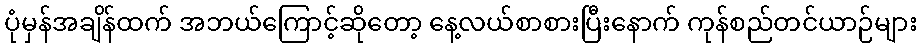
ပုံမှန်အချိန်ထက် အဘယ်ကြောင့်ဆိုတော့ နေ့လယ်စာစားပြီးနောက် ကုန်စည်တင်ယာဉ်များ